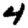
Digit: 4